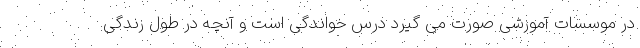
در موسسات آموزشی صورت می گیرد درس خواندگی است و آنچه در طول زندگی